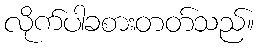
လိုက်ပါခစားတတ်သည်။